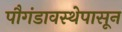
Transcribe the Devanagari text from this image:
पौगंडावस्थेपासून